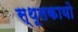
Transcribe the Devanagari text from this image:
स्थूलकायो